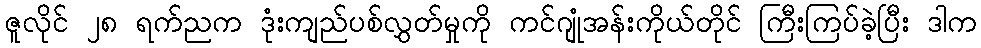
ဇူလိုင် ၂၈ ရက်ညက ဒုံးကျည်ပစ်လွှတ်မှုကို ကင်ဂျုံအန်းကိုယ်တိုင် ကြီးကြပ်ခဲ့ပြီး ဒါက